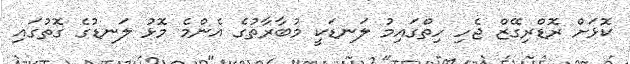
ކޮޅަށް ރޮޑްރިގޭޒް ޖެހި ހިތްގައިމު ލަނޑަކީ މުބާރާތުގެ އެންމެ މޮޅު ލަނޑުގެ ގޮތުގައި